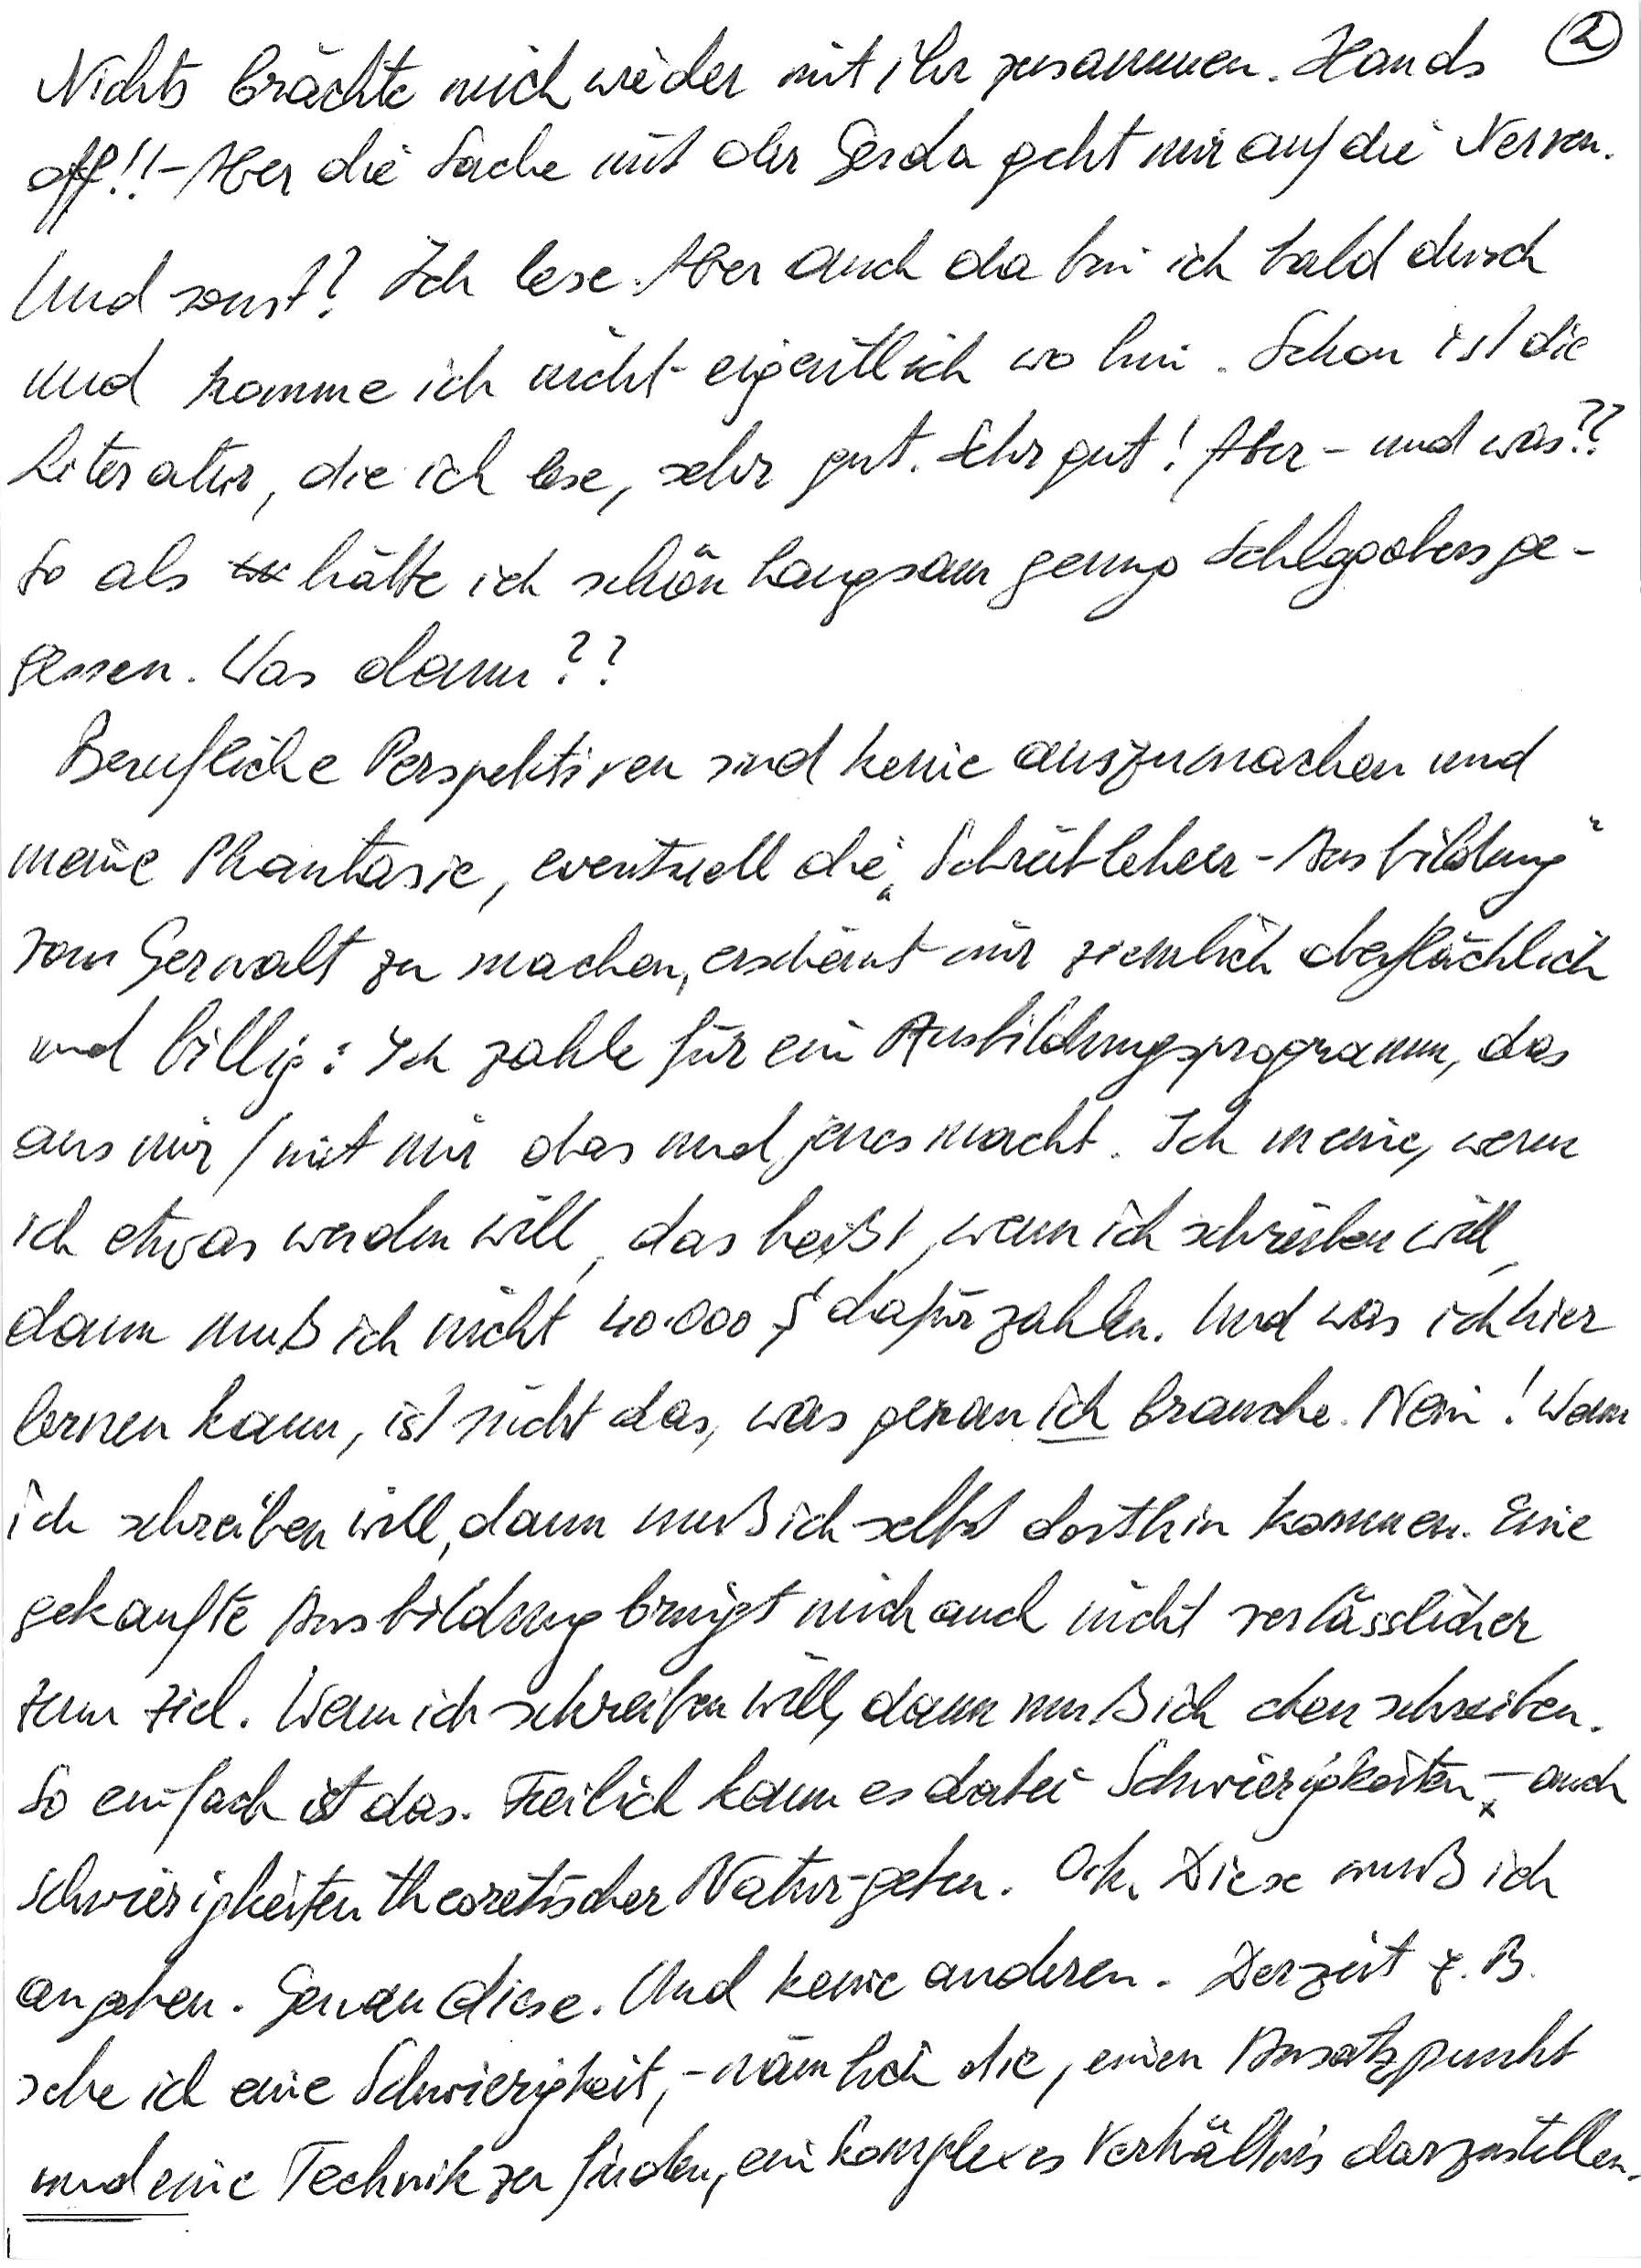
Nichts brächte mich wieder mit ihr zusammen. Hands
off!! – Aber die Sache mit der Gerda geht mir auf die Nerven.
Und sonst? Ich lese. Aber auch da bin ich bald durch
und komme ich nicht eigentlich wo hin. Schon ist die
Literatur, die ich lese, sehr gut. Sehr gut! Aber – und was??
So als hätte ich schön langsam genug Schlagobers ge-
gessen. Was dann??
Berufliche Perspektiven sind keine auszumachen und
meine Phantasie, eventuell die „Schreiblehrer-Ausbildung“
vom Gerwalt zu machen, erscheint mir ziemlich oberflächlich
und billig: Ich zahle für ein Ausbildungsprogramm, das
aus mir/mit mir das und jenes macht. Ich meine, wenn
ich etwas werden will, das heißt, wenn ich schreiben will,
dann muß ich nicht 40.000 S dafür zahlen. Und was ich hier
lernen kann, ist nicht das, was genau ich brauche. Nein! Wenn
ich schreiben will, dann muß ich selbst dorthin kommen. Eine
gekaufte Ausbildung bringt mich auch nicht verlässlicher
zum Ziel. Wenn ich schreiben will, dann muß ich eben schreiben.
So einfach ist das. Freilich kann es dabei Schwierigkeiten – auch
Schwierigkeiten theoretischer Natur – geben. O.k. Diese muß ich
angehen. Genau diese. Und keine anderen. Derzeit z. B.
sehe ich eine Schwierigkeit, – nämlich die, einen Ansatzpunkt
und eine Technik zu finden, ein komplexes Verhältnis darzustellen.